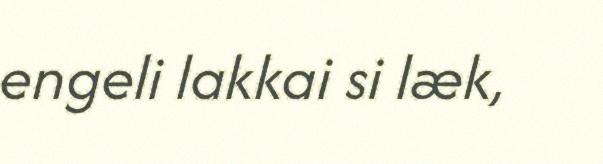
engeli lakkai si læk,